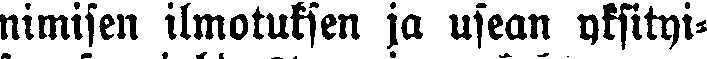
nimisen ilmotuksen ja usean yksityi-